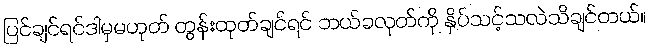
ပြင်ချင်ရင်ဒါမှမဟုတ် တွန်းထုတ်ချင်ရင် ဘယ်ခလုတ်ကို နှိပ်သင့်သလဲသိချင်တယ်။